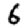
Digit: 6